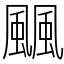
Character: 䬕